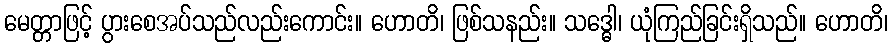
မေတ္တာဖြင့် ပွားစေအပ်သည်လည်းကောင်း။ ဟောတိ၊ ဖြစ်သနည်း။ သဒ္ဓေါ၊ ယုံကြည်ခြင်းရှိသည်။ ဟောတိ၊